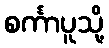
စင်္ကာပူသို့